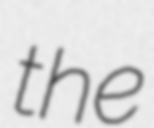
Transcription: the